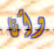
وأنا